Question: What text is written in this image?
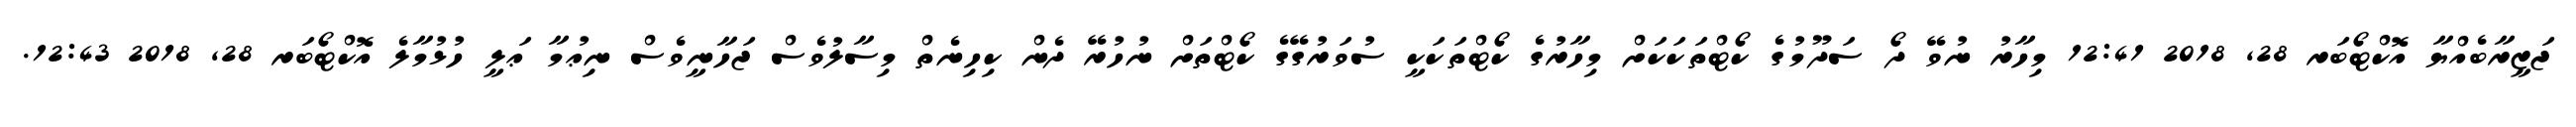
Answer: ޖަޒީރާބެއްޔާ އޮކްޓޯބަރ 28, 2018 12:41 މިހާރު ނުވޭ ދޯ ސަދޫމުގެ ކޯޓްތަކަކަށް މިހާރުގެ ކޯޓްތަކަކީ ސުވަރުގޭގެ ކޯޓްތަށް ނުހުރޭ ދެން ކިހިނެތް މިސާލުވެސް ޖަހާނީވެސް ނިޢުމާ ޢަލީ ހުޅުމާލެ އޮކްޓޯބަރ 28, 2018 12:43.